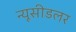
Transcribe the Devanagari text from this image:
न्यूसीडलर